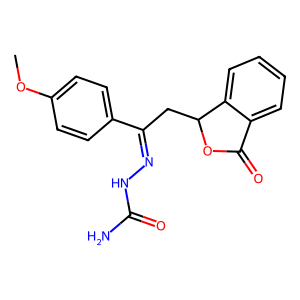
SMILES: COc1ccc(C(CC2OC(=O)c3ccccc32)=NNC(N)=O)cc1
Inhibits HIV replication: No